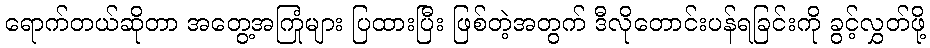
ရောက်တယ်ဆိုတာ အတွေ့အကြုံများ ပြထားပြီး ဖြစ်တဲ့အတွက် ဒီလိုတောင်းပန်ရခြင်းကို ခွင့်လွှတ်ဖို့